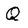
Character: Q